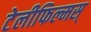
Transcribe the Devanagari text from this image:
टेलीफिल्मस्